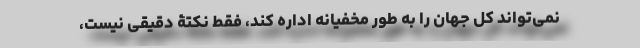
نمی‌‌تواند کل جهان را به طور مخفیانه اداره کند، فقط نکتۀ دقیقی نیست،